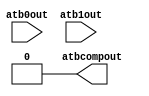
module arriav_pll_aux
(
 input atb0out,
 input atb1out,
 output atbcompout 
 );
parameter lpm_type = "arriav_pll_aux";
parameter pl_aux_atb_atben0_precomp =  01'b1 ;
parameter pl_aux_atb_atben1_precomp =  01'b1 ;
parameter pl_aux_atb_comp_minus =  01'b0 ;
parameter pl_aux_atb_comp_plus =  01'b0 ;
parameter pl_aux_comp_pwr_dn =  01'b1 ;
assign atbcompout= 01'b0;
endmodule